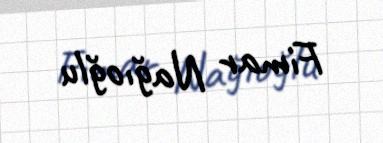
Fimar Nağıoğlu